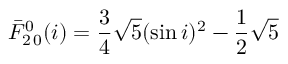
\bar { F } _ { 2 \, 0 } ^ { 0 } ( i ) = \frac { 3 } { 4 } \sqrt { 5 } ( \sin i ) ^ { 2 } - \frac { 1 } { 2 } \sqrt { 5 }